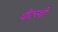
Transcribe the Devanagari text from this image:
पीटरशी